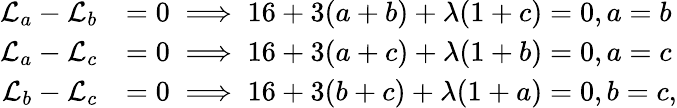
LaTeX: \begin{array}{rl}{\mathcal L_{a}-\mathcal L_{b}}&{=0\implies 16+3(a+b)+\lambda(1+c)=0,a=b}\\ {\mathcal L_{a}-\mathcal L_{c}}&{=0\implies 16+3(a+c)+\lambda(1+b)=0,a=c}\\ {\mathcal L_{b}-\mathcal L_{c}}&{=0\implies 16+3(b+c)+\lambda(1+a)=0,b=c,}\end{array}